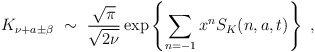
\begin{align*}K_{\nu+a\pm \beta}\ \sim\ \frac{\sqrt{\pi}}{\sqrt{2\nu}}\exp \left\{ \sum_{n=-1}x^n S_K(n,a,t) \right\}\ ,\end{align*}